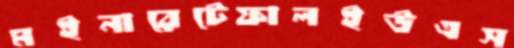
মইনারেটেফালইউএস